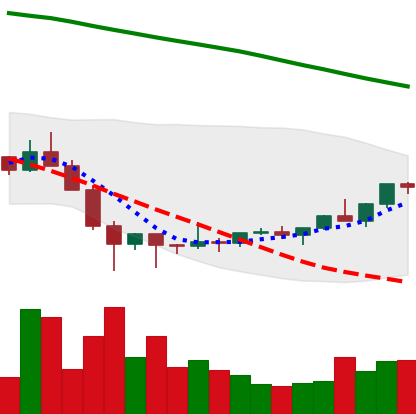
Ticker: ETC-USD
Chart end date: 2022-02-05
Forward return: 17.038%
Label: up_7plus